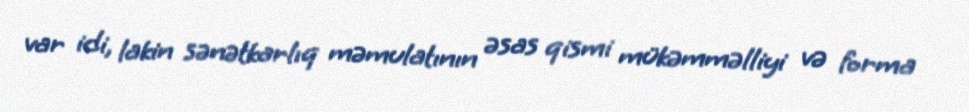
var idi, lakin sənətkarlıq məmulatının əsas qismi mükəmməlliyi və forma